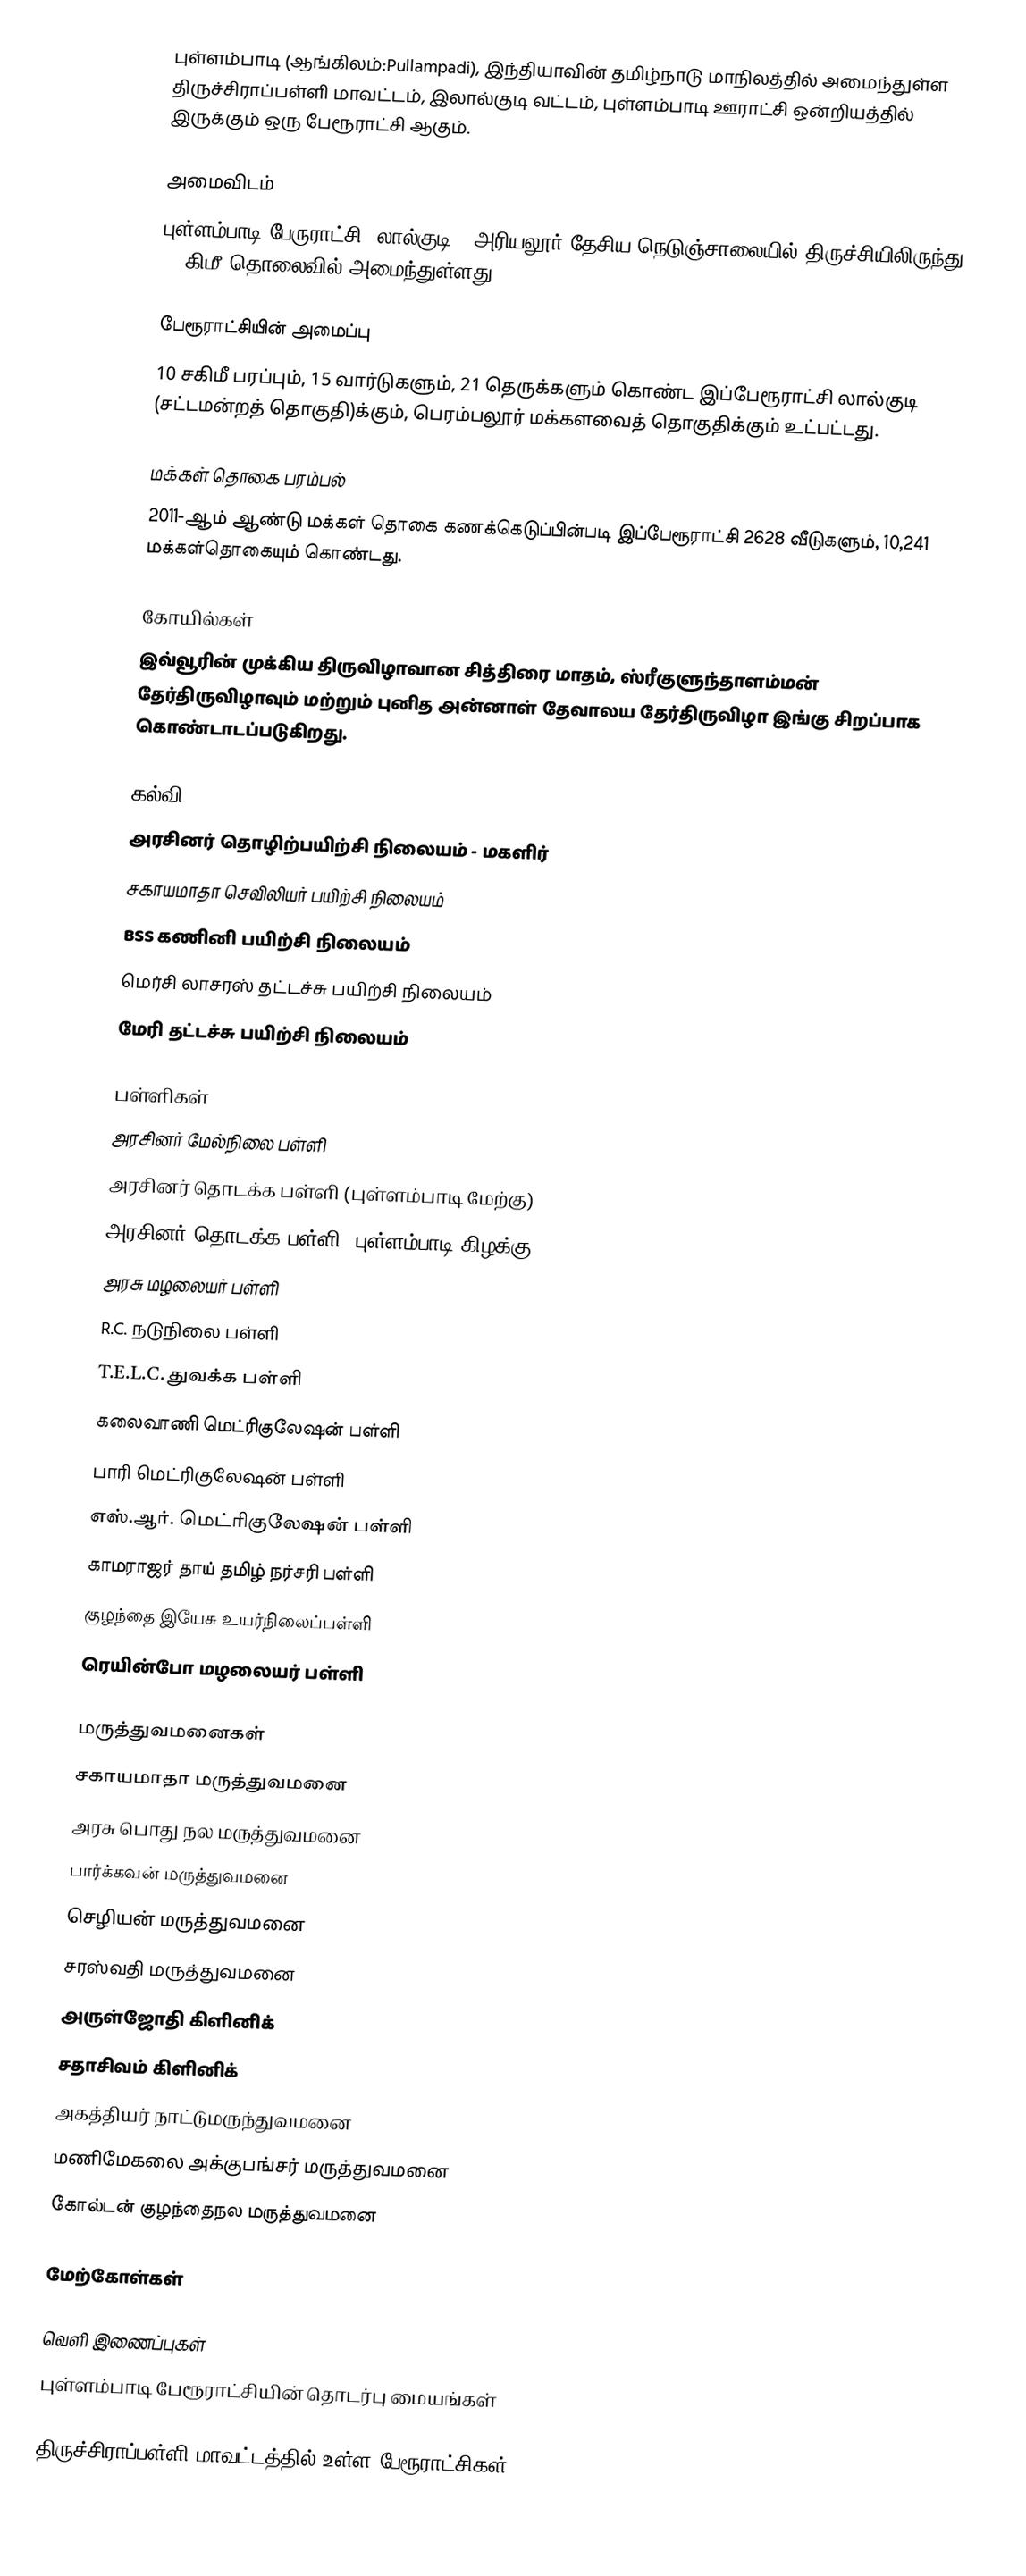
புள்ளம்பாடி (ஆங்கிலம்:Pullampadi), இந்தியாவின் தமிழ்நாடு மாநிலத்தில் அமைந்துள்ள திருச்சிராப்பள்ளி மாவட்டம்,  இலால்குடி வட்டம்,   புள்ளம்பாடி ஊராட்சி ஒன்றியத்தில் இருக்கும் ஒரு பேரூராட்சி ஆகும்.

அமைவிடம்
புள்ளம்பாடி பேருராட்சி,  லால்குடி -  அரியலூர்  தேசிய நெடுஞ்சாலையில் திருச்சியிலிருந்து 32 கிமீ  தொலைவில் அமைந்துள்ளது.

பேரூராட்சியின் அமைப்பு
10 சகிமீ பரப்பும், 15 வார்டுகளும்,   21 தெருக்களும் கொண்ட இப்பேரூராட்சி  லால்குடி  (சட்டமன்றத் தொகுதி)க்கும், பெரம்பலூர் மக்களவைத் தொகுதிக்கும் உட்பட்டது.

மக்கள் தொகை பரம்பல்
2011-ஆம் ஆண்டு மக்கள் தொகை கணக்கெடுப்பின்படி  இப்பேரூராட்சி 2628 வீடுகளும், 10,241  மக்கள்தொகையும் கொண்டது.

கோயில்கள்
இவ்வூரின் முக்கிய திருவிழாவான சித்திரை மாதம்,  ஸ்ரீகுளுந்தாளம்மன் தேர்திருவிழாவும் மற்றும் புனித அன்னாள் தேவாலய தேர்திருவிழா இங்கு சிறப்பாக கொண்டாடப்படுகிறது.

கல்வி
அரசினர் தொழிற்பயிற்சி நிலையம் - மகளிர்
சகாயமாதா செவிலியர் பயிற்சி நிலையம்
BSS கணினி பயிற்சி நிலையம்
மெர்சி லாசரஸ் தட்டச்சு பயிற்சி நிலையம்
 மேரி தட்டச்சு  பயிற்சி நிலையம்

பள்ளிகள்
அரசினர் மேல்நிலை பள்ளி
அரசினர் தொடக்க பள்ளி (புள்ளம்பாடி மேற்கு)
அரசினர் தொடக்க பள்ளி (புள்ளம்பாடி கிழக்கு)
அரசு மழலையர் பள்ளி
R.C. நடுநிலை பள்ளி
T.E.L.C. துவக்க பள்ளி
கலைவாணி மெட்ரிகுலேஷன் பள்ளி
பாரி மெட்ரிகுலேஷன் பள்ளி
எஸ்.ஆர்.  மெட்ரிகுலேஷன் பள்ளி
காமராஜர் தாய் தமிழ் நர்சரி பள்ளி
குழந்தை இயேசு உயர்நிலைப்பள்ளி
 ரெயின்போ மழலையர் பள்ளி

மருத்துவமனைகள்
சகாயமாதா மருத்துவமனை
அரசு பொது நல மருத்துவமனை
பார்க்கவன் மருத்துவமனை
செழியன் மருத்துவமனை
சரஸ்வதி மருத்துவமனை
அருள்ஜோதி கிளினிக்
சதாசிவம் கிளினிக்
 அகத்தியர் நாட்டுமருந்துவமனை
 மணிமேகலை அக்குபங்சர் மருத்துவமனை
 கோல்டன் குழந்தைநல மருத்துவமனை

மேற்கோள்கள்

வெளி இணைப்புகள்
 புள்ளம்பாடி பேரூராட்சியின் தொடர்பு மையங்கள்

திருச்சிராப்பள்ளி மாவட்டத்தில் உள்ள பேரூராட்சிகள்